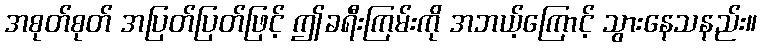
အစုတ်စုတ် အပြတ်ပြတ်ဖြင့် ဤခရီးကြမ်းကို အဘယ့်ကြောင့် သွားနေသနည်း။